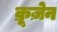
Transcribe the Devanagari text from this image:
क्रूज़ेन